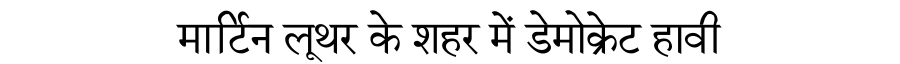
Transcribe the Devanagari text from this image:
मार्टिन लूथर के शहर में डेमोक्रेट हावी